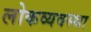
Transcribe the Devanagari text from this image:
लोकव्यवस्था